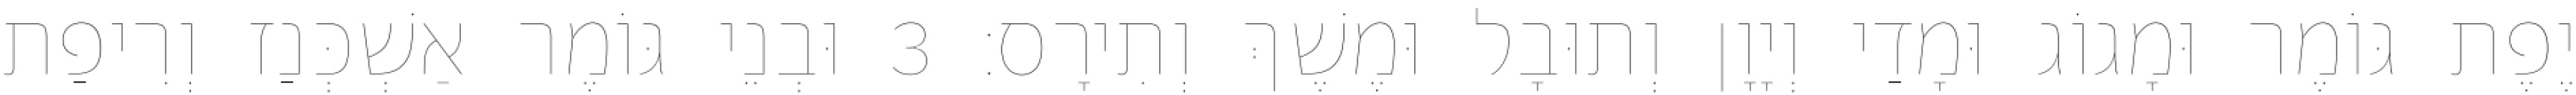
יֶפֶת גּוֹמֶר וּמָגוֹג וּמָדַי וְיָוָן וְתוּבָל וּמֶשֶׁךְ וְתִירָס׃ 3 וּבְנֵי גּוֹמֶר אַשְׁכְּנַז וְרִיפַת